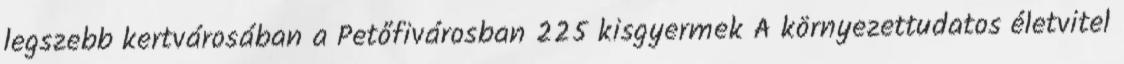
legszebb kertvárosában a Petőfivárosban 225 kisgyermek A környezettudatos életvitel